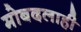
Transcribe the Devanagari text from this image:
मोबदलाही